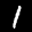
Label: 1